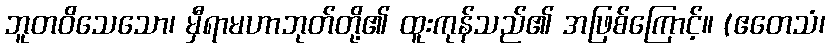
ဘူတဝိသေသော၊ မှီရာမဟာဘုတ်တို့၏ ထူးကုန်သည်၏ အဖြစ်ကြောင့်။ (ဧတေသံ၊